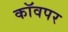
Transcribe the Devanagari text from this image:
कॉवपर